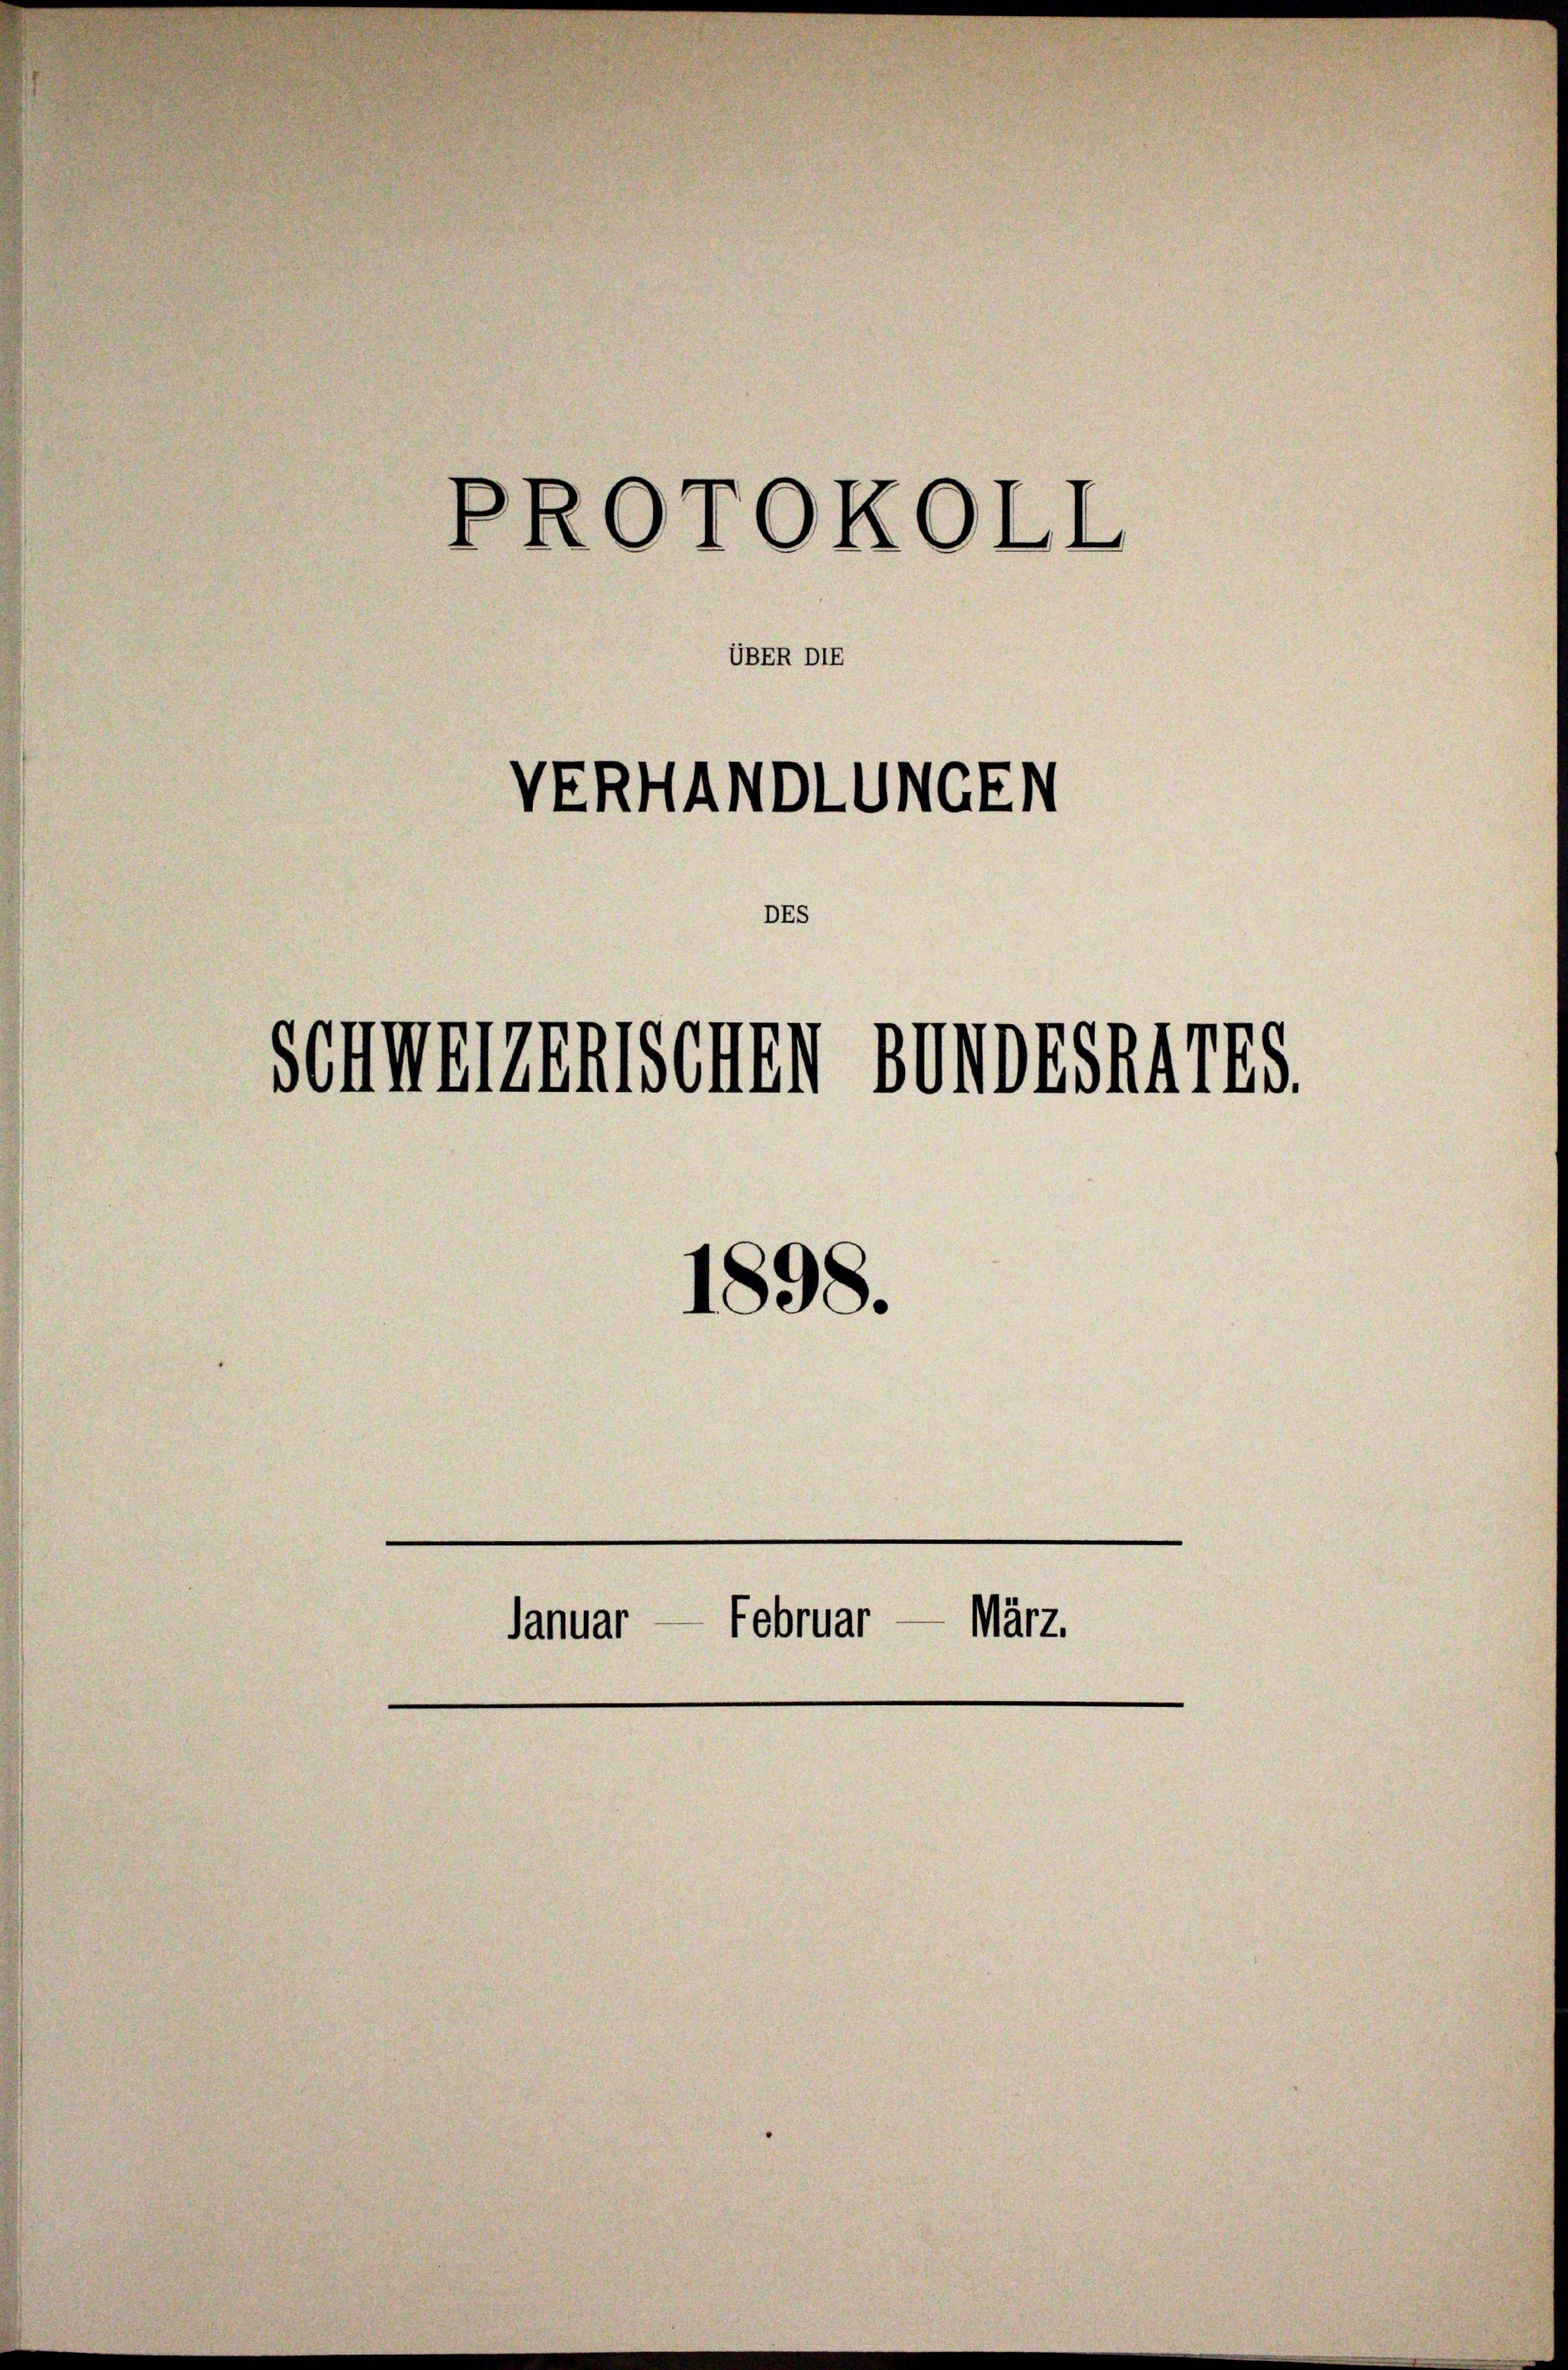
PROTOKOLL
VERHANDLUNGEN
DES
SCHWEIZERISCHEN BUNDESRATES

UBER DIE

1898.
Januar — Februar — März.